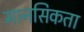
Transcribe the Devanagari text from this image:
मानसिकता